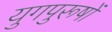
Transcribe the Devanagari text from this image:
युगपुरूषों